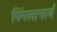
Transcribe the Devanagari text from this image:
पिंगलाचार्य